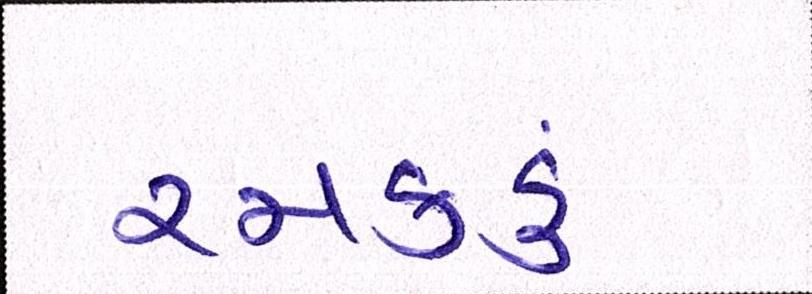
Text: રમકડું